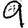
Digit: 9